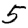
Digit: 5